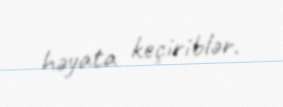
həyata keçiriblər.